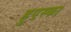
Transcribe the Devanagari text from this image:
हुएस्का